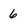
Character: 6